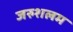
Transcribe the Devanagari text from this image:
जरुशलम